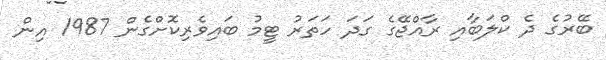
ބޭރުގެ ދެ ކްލަބާއި ރާއްޖޭގެ ގަދަ ހަތަރު ޓީމު ބައިވެރިކޮށްގެން 1987 އިން